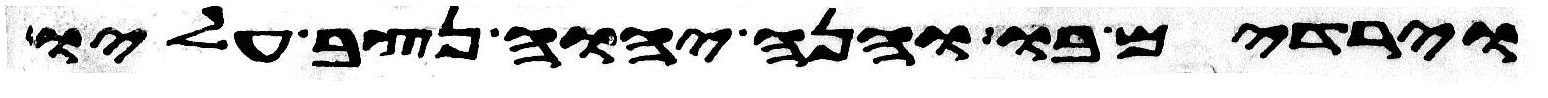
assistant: וירדים בו והנה יהוה נצב עליו